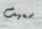
سعيت